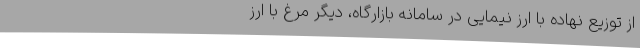
از توزیع نهاده با ارز نیمایی در سامانه بازارگاه، دیگر مرغ با ارز